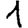
Digit: 1